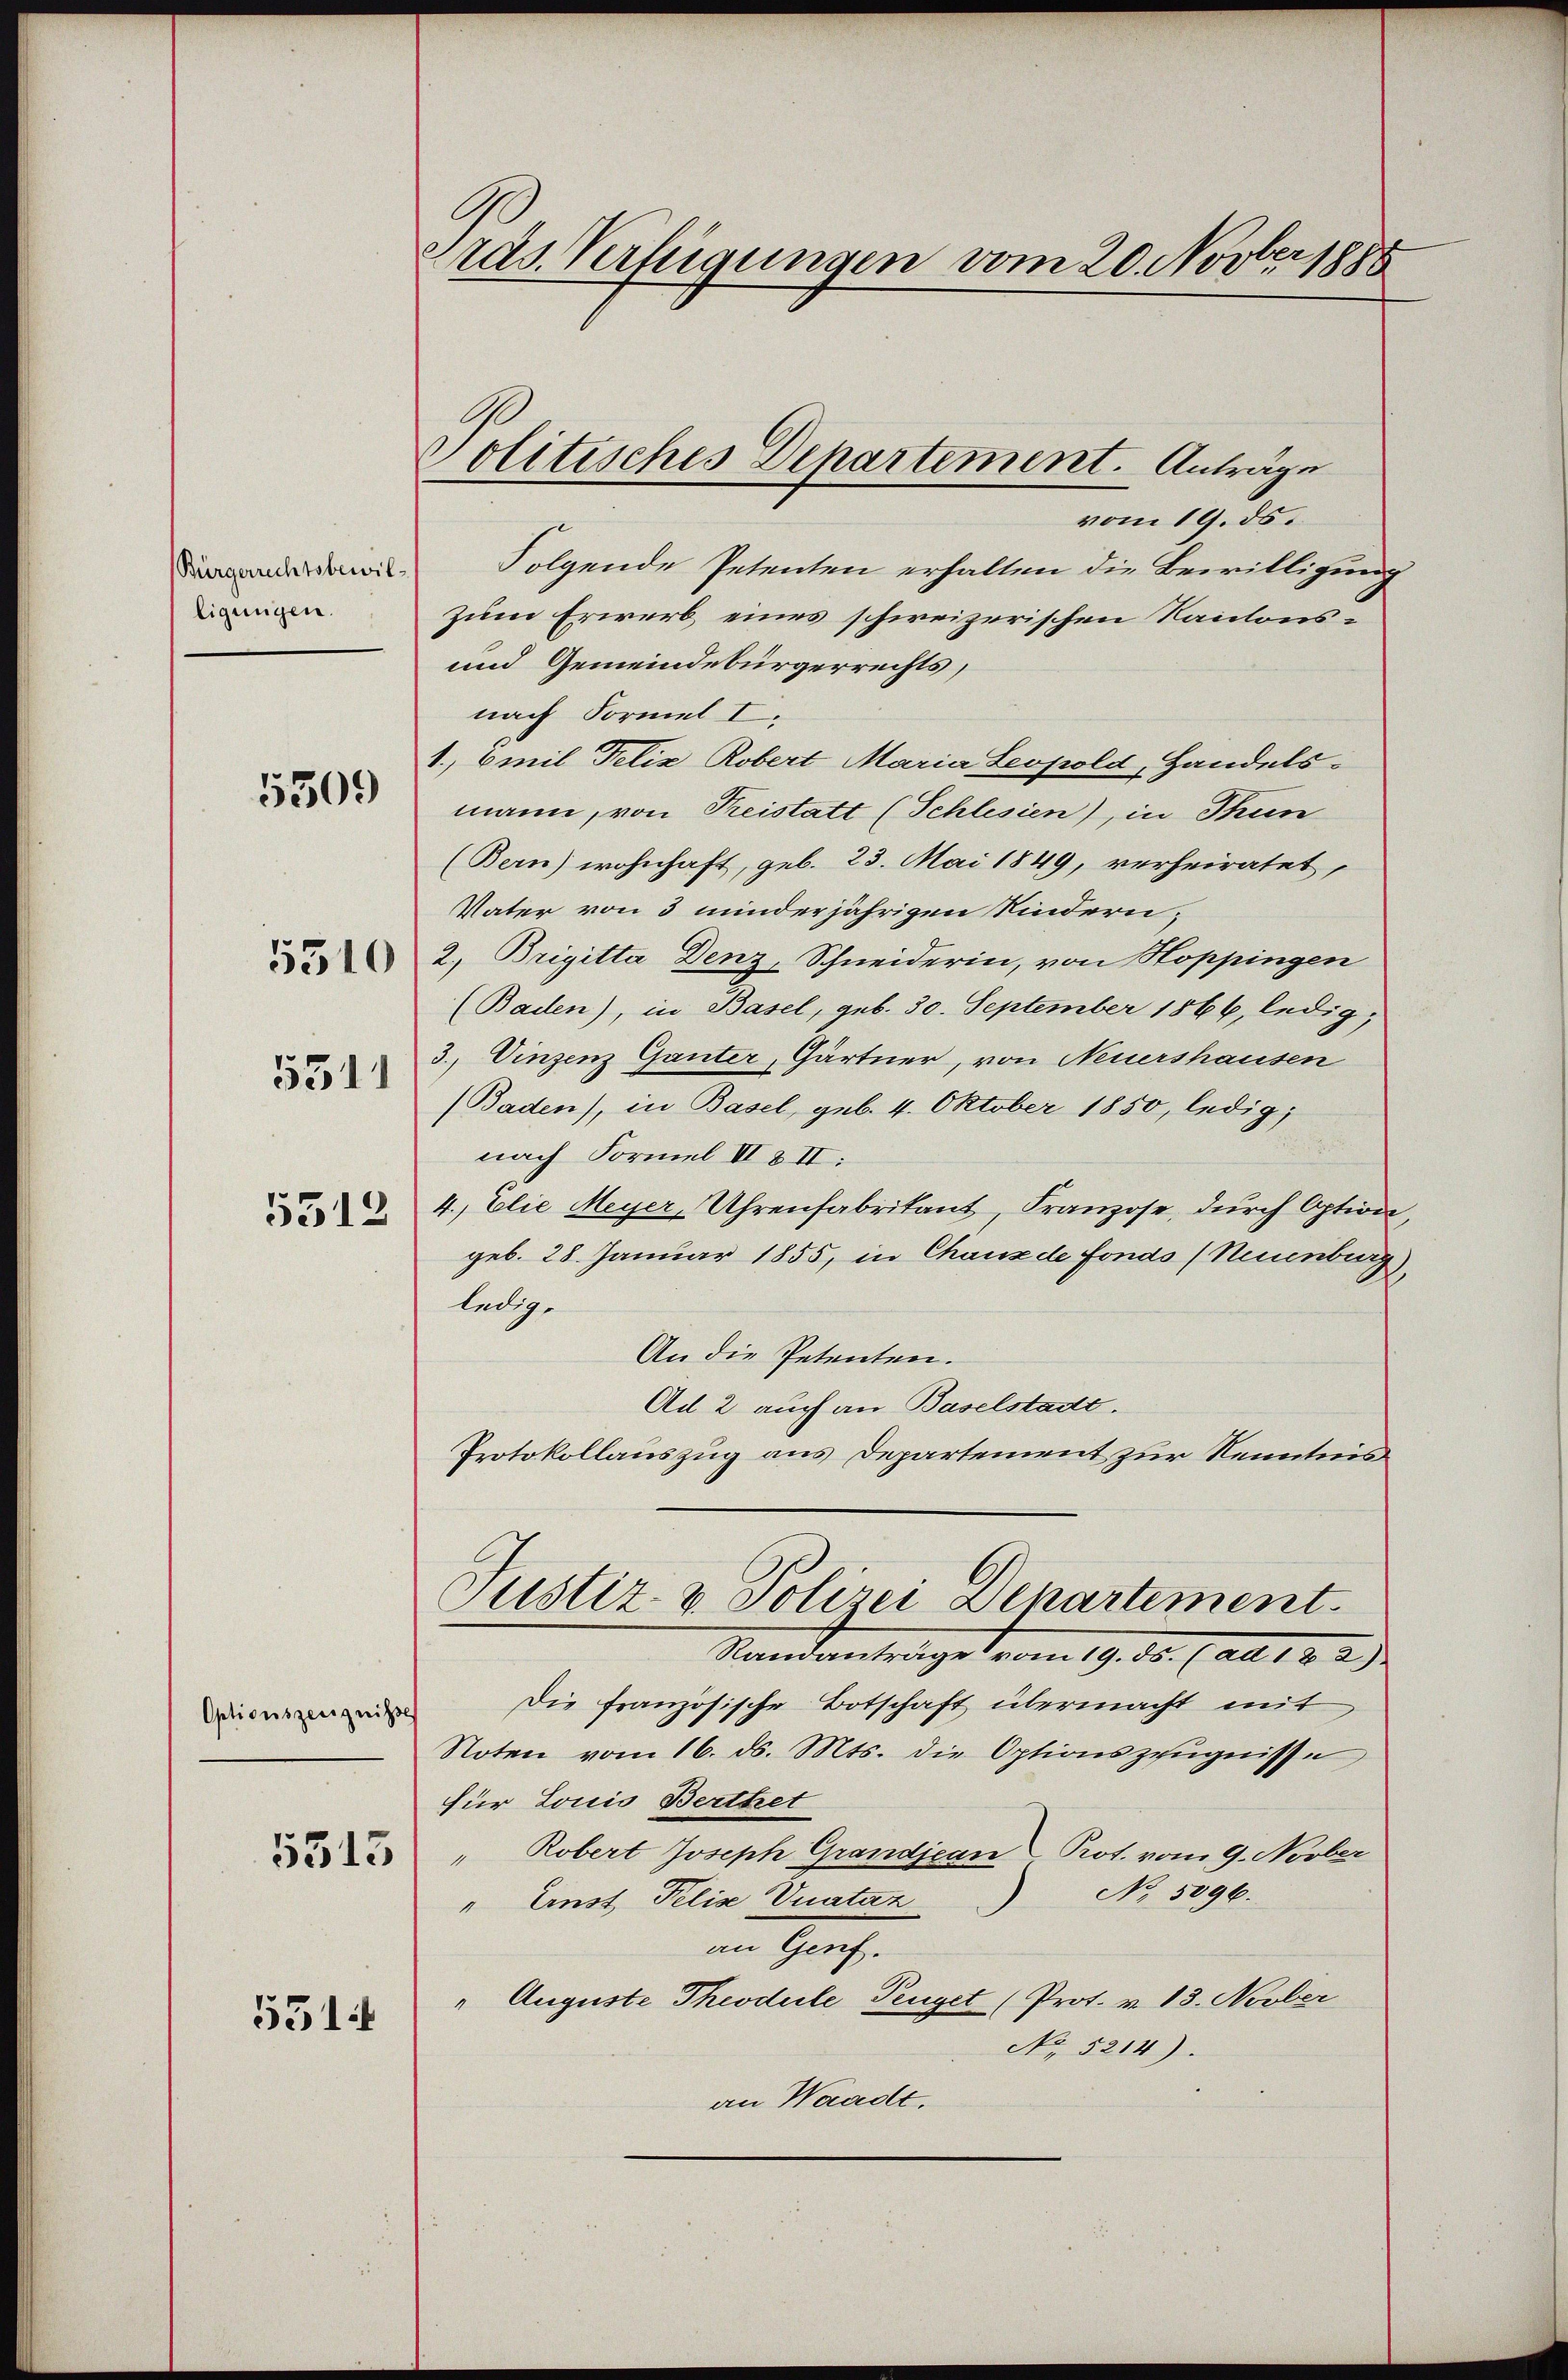
(Bürgerrechtsbewil-
ligungen.

5309

5310

5311
5512

Optionszeugnisse

5313

531

ras Verfügungen vom 20. Novber 1888

Politisches Dehartement. Anträge

vom 19. ds.
Folgende Petenten erhalten die Bewilligung
Zum Erwerb eines schweizerischen Kantons¬
und Gemeindebürgerrechts,
nach Formel I.
1., Emil Felix Robert Maria Leopold, Handels-
mann, von Preistatt (Schlesien), in Thun
(Bern) wohnhaft, geb. 23. Mai 1849, verheiratet,
Vater von 3 minderjährigen Kindern;
2. Brigitta Denz, Schneiderin, von Hoppingen
(Baden), in Basel, geb. 30. September 1866, ledig,
3., Vinzenz Ganter, Gärtner, von Neuershausen
(Baden), in Basel, geb. 4. Oktober 1850, ledig,
nach Formel III & II:
4., Elie Meyer, Uhrenfabritant, Franzose, durch Option
geb. 28. Januar 1855, in Chaus de fonds (Neuenburg
ledige
An die Petenten.
Ad 2 auch an Baselstadt.
Protokollauszug aus Departement zur Kenntnis
Justiz- & Polizei Departement.
Standantrage vom 19. 30. (au 18. 2)
Die französische Botschaft übermacht mit
Noten vom 16. ds. Mts. die Optionszeugnisse
für Lonio Berthet
" Robert Joseph Grandjean Prot. vom 9. Novber
No. 5096.
" Ernst, Pelis Vuataz
an Genf.
" Auguste Theodule, Peuget (Prot. v. 13. Novber
No 5214).
an Waadt.